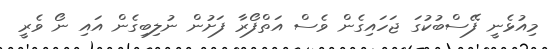
މިއުޅެނީ ފޭސްބުކުގަ ޖަހައިގެން ވެސް އަތްފޯރާ ފަށުން ނުލިބިގެން އައި ނޯ ވެރީ